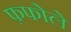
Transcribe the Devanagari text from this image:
फ़फोले